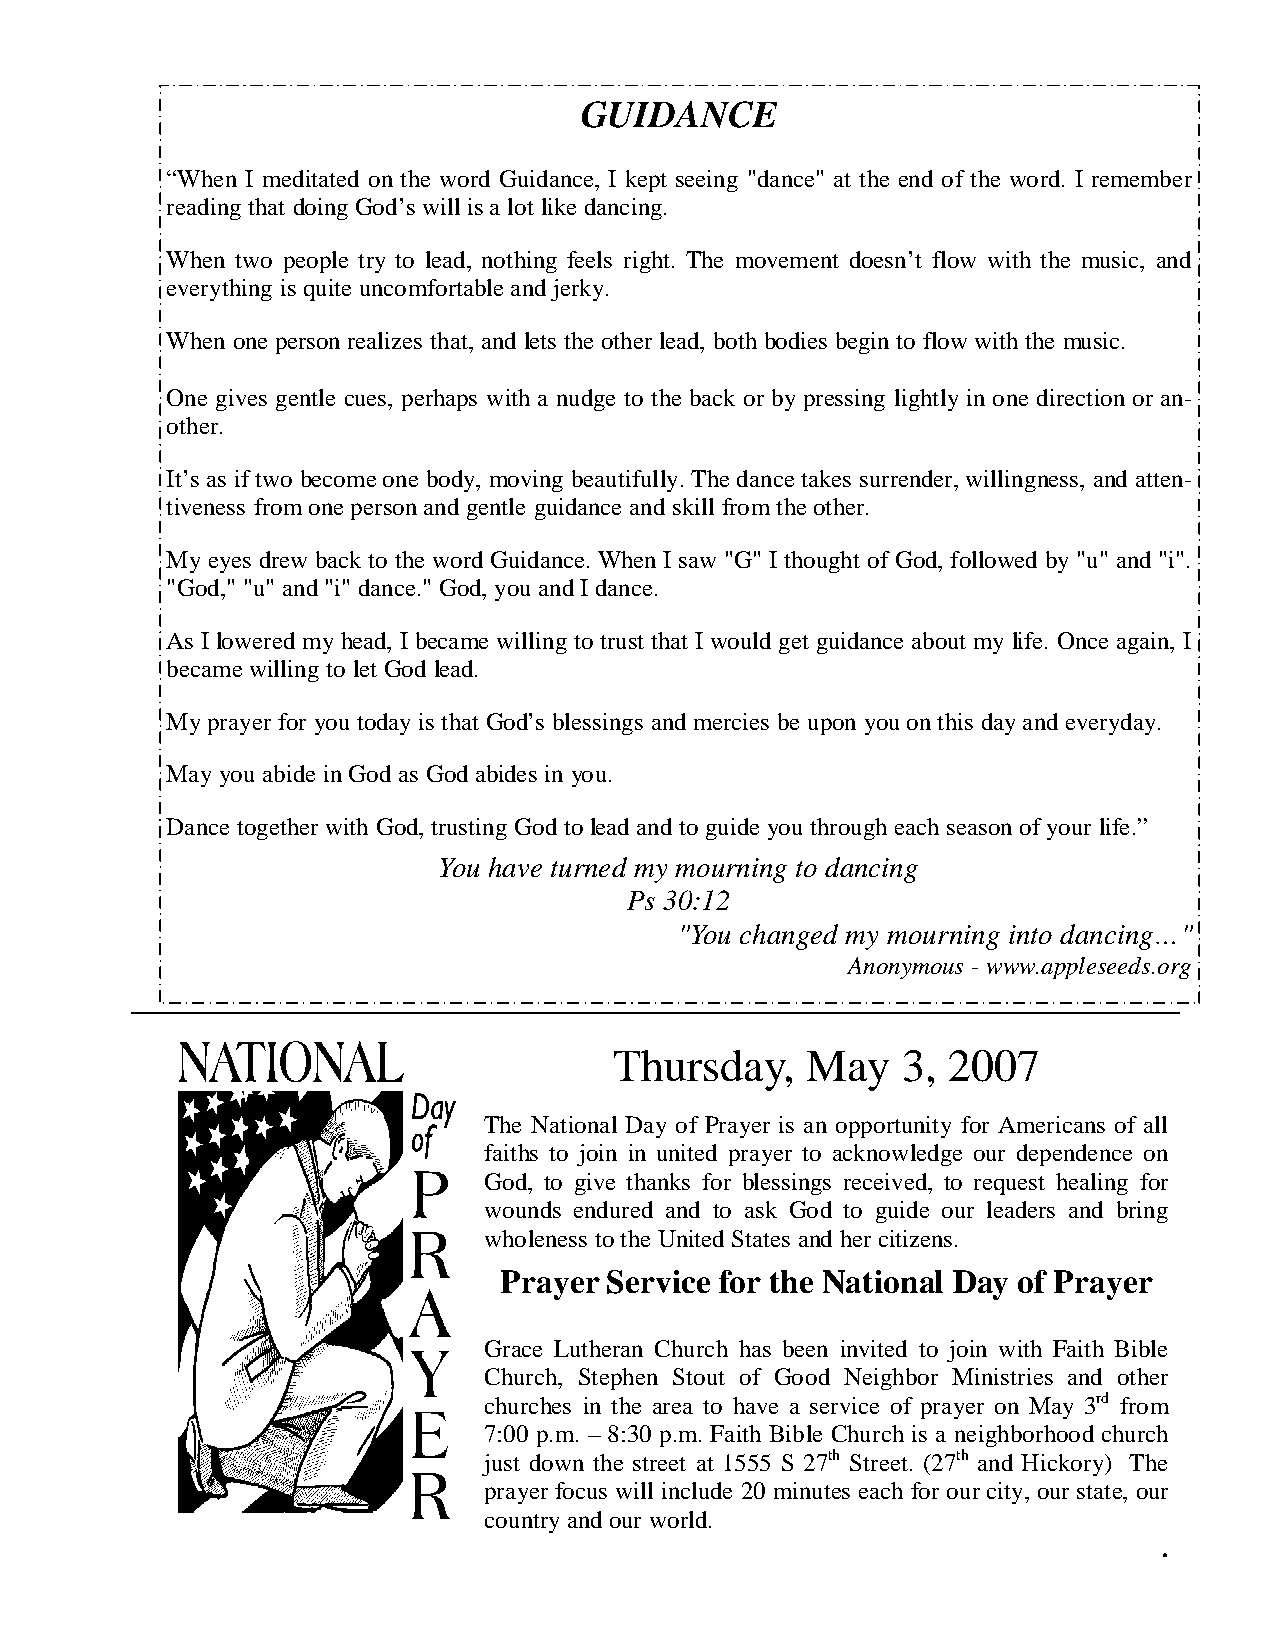
GUIDANCE
 “When I meditated on the word Guidance, I kept seeing "dance" at the end of the word. I remember
 reading that doing God’s will is a lot like dancing.
 When two people try to lead, nothing feels right. The movement doesn’t flow with the music, and
 everything is quite uncomfortable and jerky.
 When one person realizes that, and lets the other lead, both bodies begin to flow with the music.
 One gives gentle cues, perhaps with a nudge to the back or by pressing lightly in one direction or an-
 other.
 It’s as if two become one body, moving beautifully. The dance takes surrender, willingness, and atten-
 tiveness from one person and gentle guidance and skill from the other.
 My eyes drew back to the word Guidance. When I saw "G" I thought of God, followed by "u" and "i".
 "God," "u" and "i" dance." God, you and I dance.
 As I lowered my head, I became willing to trust that I would get guidance about my life. Once again, I
 became willing to let God lead.
 My prayer for you today is that God’s blessings and mercies be upon you on this day and everyday.
 May you abide in God as God abides in you.
 Dance together with God, trusting God to lead and to guide you through each season of your life.”
 You have turned my mourning to dancing
 Ps 30:12
 "You changed my mourning into dancing…"
 Anonymous - www.appleseeds.org
 Thursday,   May    3, 2007
 The National Day of Prayer is an opportunity for Americans of all
 faiths to join in united prayer to acknowledge our dependence on
 God, to give thanks for blessings received, to request healing for
 wounds endured and to ask God to guide our leaders and bring
 wholeness to the United States and her citizens.
 Prayer Service for the National Day of Prayer
 Grace Lutheran Church has been invited to join with Faith Bible
 Church, Stephen Stout of Good Neighbor Ministries and other
 churches in the area to have a service of prayer on May 3rd from
 7:00 p.m. – 8:30 p.m. Faith Bible Church is a neighborhood church
 just down the street at 1555 S 27th Street. (27th and Hickory) The
 prayer focus will include 20 minutes each for our city, our state, our
 country and our world.
 .